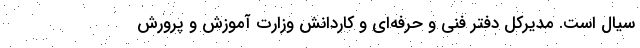
سیال است. مدیرکل دفتر فنی و حرفه‌ای و کاردانش وزارت آموزش و پرورش